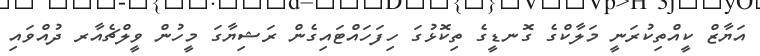
އަޔާޒް ކީއްތިކުރަނީ މަލާކްގެ ގޮނޑީގެ ތިކޮޅުގަ ހިފަހައްޓައިގެން ރަޝިޔާގަ މީހުން ވީލްޗެއާރ ދުއްވައި